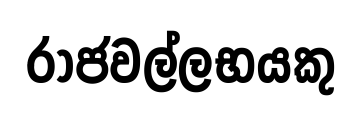
රාජවල්ලභයකු